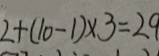
2 + ( 1 0 - 1 ) \times 3 = 2 9